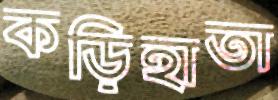
কড়িহাতা